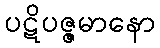
ပဋိပဇ္ဇမာနော